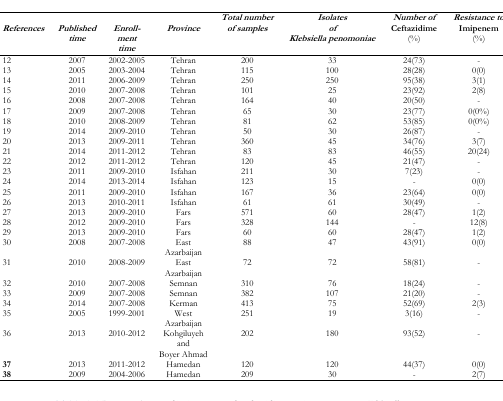
<table><thead><tr><td><b><i>References</i></b></td><td><b><i>Published time</i></b></td><td><b><i>Enrollment time</i></b></td><td><b><i>Province</i></b></td><td><b><i>Total number of samples</i></b></td><td><b><i>Isolates of Klebsiella penomoniae</i></b></td><td><b><i>Number of Ceftazidime</i> (%)</b></td><td><b><i>Resistance to Imipenem</i> (%)</b></td></tr></thead><tbody><tr><td>12</td><td>2007</td><td>2002–2005</td><td>Tehran</td><td>200</td><td>33</td><td>24(73)</td><td>-</td></tr><tr><td>13</td><td>2005</td><td>2003–2004</td><td>Tehran</td><td>115</td><td>100</td><td>28(28)</td><td>0(0)</td></tr><tr><td>14</td><td>2011</td><td>2006–2009</td><td>Tehran</td><td>250</td><td>250</td><td>95(38)</td><td>3(1)</td></tr><tr><td>15</td><td>2010</td><td>2007–2008</td><td>Tehran</td><td>101</td><td>25</td><td>23(92)</td><td>2(8)</td></tr><tr><td>16</td><td>2008</td><td>2007–2008</td><td>Tehran</td><td>164</td><td>40</td><td>20(50)</td><td>-</td></tr><tr><td>17</td><td>2009</td><td>2007–2008</td><td>Tehran</td><td>65</td><td>30</td><td>23(77)</td><td>0(0%)</td></tr><tr><td>18</td><td>2010</td><td>2008–2009</td><td>Tehran</td><td>81</td><td>62</td><td>53(85)</td><td>0(0%)</td></tr><tr><td>19</td><td>2014</td><td>2009–2010</td><td>Tehran</td><td>50</td><td>30</td><td>26(87)</td><td>-</td></tr><tr><td>20</td><td>2013</td><td>2009–2011</td><td>Tehran</td><td>360</td><td>45</td><td>34(76)</td><td>3(7)</td></tr><tr><td>21</td><td>2014</td><td>2011–2012</td><td>Tehran</td><td>83</td><td>83</td><td>46(55)</td><td>20(24)</td></tr><tr><td>22</td><td>2012</td><td>2011–2012</td><td>Tehran</td><td>120</td><td>45</td><td>21(47)</td><td>-</td></tr><tr><td>23</td><td>2011</td><td>2009–2010</td><td>Isfahan</td><td>211</td><td>30</td><td>7(23)</td><td>-</td></tr><tr><td>24</td><td>2014</td><td>2013–2014</td><td>Isfahan</td><td>123</td><td>15</td><td>-</td><td>0(0)</td></tr><tr><td>25</td><td>2011</td><td>2009–2010</td><td>Isfahan</td><td>167</td><td>36</td><td>23(64)</td><td>0(0)</td></tr><tr><td>26</td><td>2013</td><td>2010–2011</td><td>Isfahan</td><td>61</td><td>61</td><td>30(49)</td><td>-</td></tr><tr><td>27</td><td>2013</td><td>2009–2010</td><td>Fars</td><td>571</td><td>60</td><td>28(47)</td><td>1(2)</td></tr><tr><td>28</td><td>2012</td><td>2009–2010</td><td>Fars</td><td>328</td><td>144</td><td>-</td><td>12(8)</td></tr><tr><td>29</td><td>2013</td><td>2009–2010</td><td>Fars</td><td>60</td><td>60</td><td>28(47)</td><td>1(2)</td></tr><tr><td>30</td><td>2008</td><td>2007–2008</td><td>East Azarbaijan</td><td>88</td><td>47</td><td>43(91)</td><td>0(0)</td></tr><tr><td>31</td><td>2010</td><td>2008–2009</td><td>East Azarbaijan</td><td>72</td><td>72</td><td>58(81)</td><td>-</td></tr><tr><td>32</td><td>2010</td><td>2007–2008</td><td>Semnan</td><td>310</td><td>76</td><td>18(24)</td><td>-</td></tr><tr><td>33</td><td>2009</td><td>2007–2008</td><td>Semnan</td><td>382</td><td>107</td><td>21(20)</td><td>-</td></tr><tr><td>34</td><td>2014</td><td>2007–2008</td><td>Kerman</td><td>413</td><td>75</td><td>52(69)</td><td>2(3)</td></tr><tr><td>35</td><td>2005</td><td>1999–2001</td><td>West Azarbaijan</td><td>251</td><td>19</td><td>3(16)</td><td>-</td></tr><tr><td>36</td><td>2013</td><td>2010–2012</td><td>Kohgiluyeh and Boyer Ahmad</td><td>202</td><td>180</td><td>93(52)</td><td>-</td></tr><tr><td><b>37</b></td><td>2013</td><td>2011–2012</td><td>Hamedan</td><td>120</td><td>120</td><td>44(37)</td><td>0(0)</td></tr><tr><td><b>38</b></td><td>2009</td><td>2004–2006</td><td>Hamedan</td><td>209</td><td>30</td><td>-</td><td>2(7)</td></tr></tbody></table>